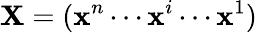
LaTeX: \textbf{X}=(\textbf{x}^{n}\cdots\textbf{x}^{i}\cdots\textbf{x}^{1})